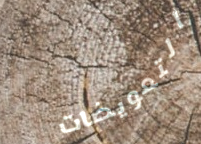
التعويضات